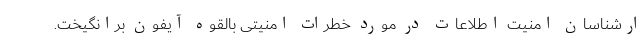
ارشناسان امنیت اطلاعات در مورد خطرات امنیتی بالقوه آیفون برانگیخت.